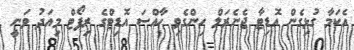
އެކަމާ ގުޅިގެން އޮޑިޓާ ޖެނެރަލް ހިންގެވި ހާއްސަ އޮޑިޓްގެ ރިޕޯޓް މިއަދު ވަނީ